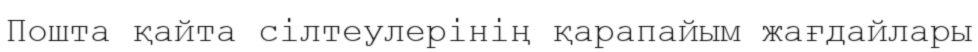
Пошта қайта сілтеулерінің қарапайым жағдайлары